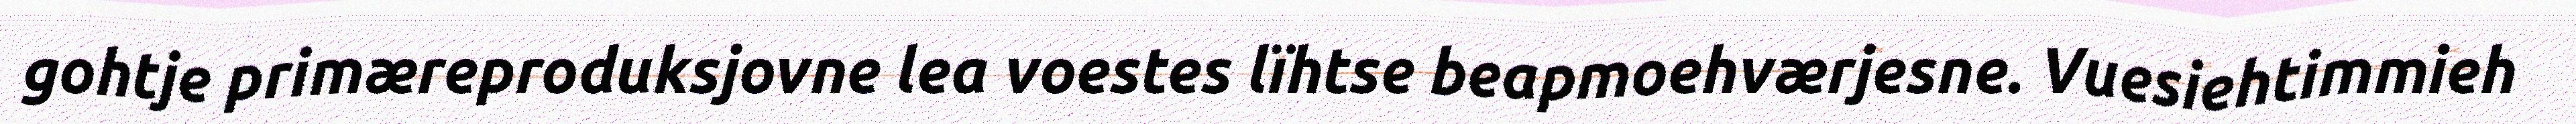
gohtje primæreproduksjovne lea voestes lïhtse beapmoehværjesne. Vuesiehtimmieh